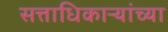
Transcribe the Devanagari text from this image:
सत्ताधिकाऱ्यांच्या